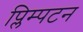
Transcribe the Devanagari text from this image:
प्लिम्पटन